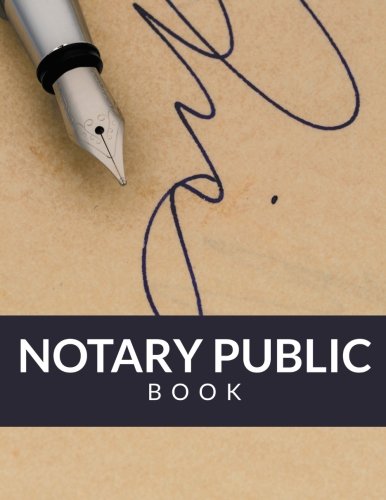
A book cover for Notary Public Book; Speedy Publishing LLC; Law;